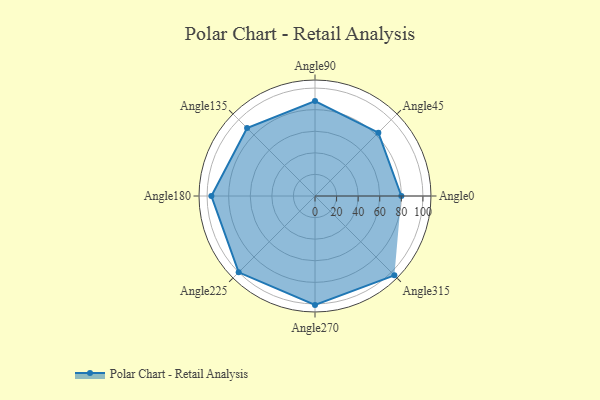
{"axis": {"x": "Angle", "y": "Radius"}, "legend": [""], "data": [{"x": "Angle0", "y": 80.0, "type": ""}, {"x": "Angle45", "y": 83.0, "type": ""}, {"x": "Angle90", "y": 88.0, "type": ""}, {"x": "Angle135", "y": 89.0, "type": ""}, {"x": "Angle180", "y": 96.0, "type": ""}, {"x": "Angle225", "y": 100.0, "type": ""}, {"x": "Angle270", "y": 101.0, "type": ""}, {"x": "Angle315", "y": 104.0, "type": ""}]}